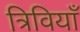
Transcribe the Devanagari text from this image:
त्रिवियाँ